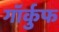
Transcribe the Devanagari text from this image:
गॉर्कुफ